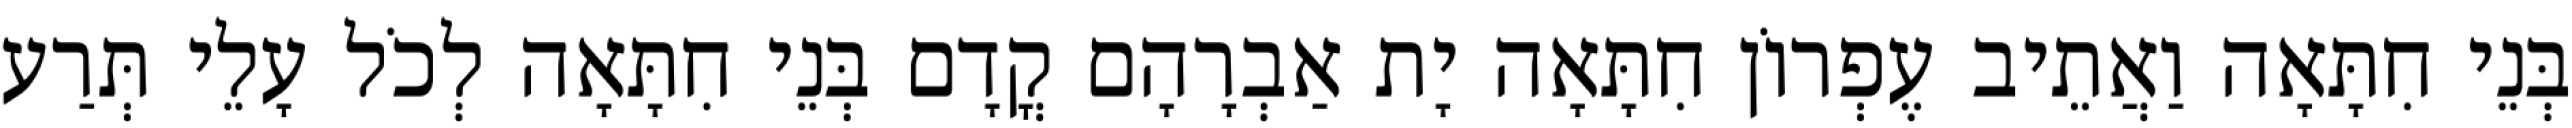
בְּנֵי חִתָּאָה וַאֲתֵיב עֶפְרוֹן חִתָּאָה יָת אַבְרָהָם קֳדָם בְּנֵי חִתָּאָה לְכֹל עָלֵי תְּרַע